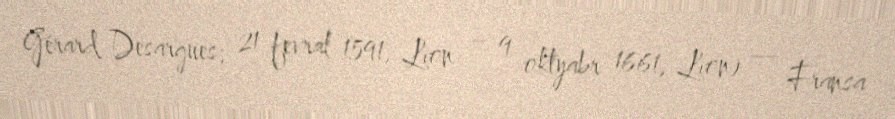
Gérard Desargues; 21 fevral 1591, Lion – 9 oktyabr 1661, Lion) — Fransa